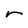
Character: r